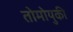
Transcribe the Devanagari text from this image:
तोमोयुकी